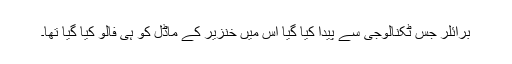
برائلر جس ٹکنالوجی سے پیدا کیا گیا اس میں خنزیر کے ماڈل کو ہی فالو کیا گیا تھا۔